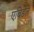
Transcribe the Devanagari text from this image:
एबिडेल